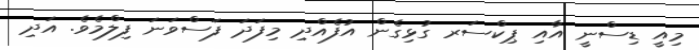
މިއީ ޑިސްނީ އާއި ޕިކްސަރ ގުޅިގެން އުފެއްދި މިފަދަ ފަސްވަނަ ފިލްމެވެ. އަދި